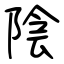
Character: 陰